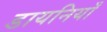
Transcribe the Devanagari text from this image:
डायनियाँ